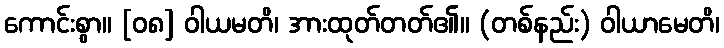
ကောင်းစွာ။ [၀၈] ဝါယမတိ၊ အားထုတ်တတ်၏။ (တစ်နည်း) ဝါယာမေတိ၊